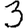
Digit: 3